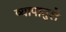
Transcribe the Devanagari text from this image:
व्यापामुले